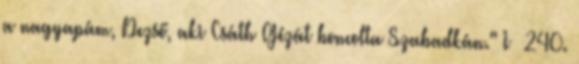
a nagyapám, Dezső, aki Csáth Gézát boncolta Szabadkán." I 240.